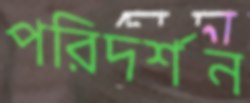
পরিদর্শন